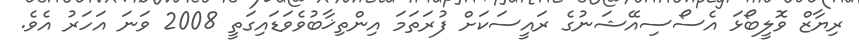
ރިޔާޒް ވޮލީބޯޅަ އެސޯސިއޭޝަނުގެ ރައީސަކަށް ފުރަތަމަ އިންތިޚާބުވެވަޑައިގަތީ 2008 ވަނަ އަހަރު އެވެ.